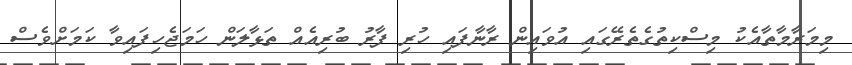
މިމަރާމާތާއެކު މިސްކިތުގެތެރޭގައި އުވައިން ރާނާފައި ހުރި ފާރު ބުރިއެއް ތަޅާލަން ހަމަޖެހިފައިވާ ކަމަށްވެސް